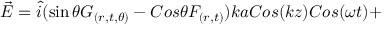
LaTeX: \vec { E } = \hat { i } ( \sin \theta G _ { ( r , t , \theta ) } - C o s \theta F _ { ( r , t ) } ) k a C o s ( k z ) C o s ( \omega t ) +